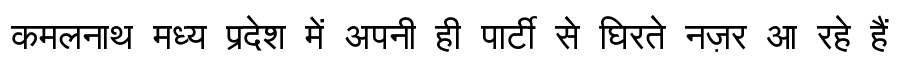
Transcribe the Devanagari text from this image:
कमलनाथ मध्य प्रदेश में अपनी ही पार्टी से घिरते नज़र आ रहे हैं